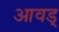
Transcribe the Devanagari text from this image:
आवड्